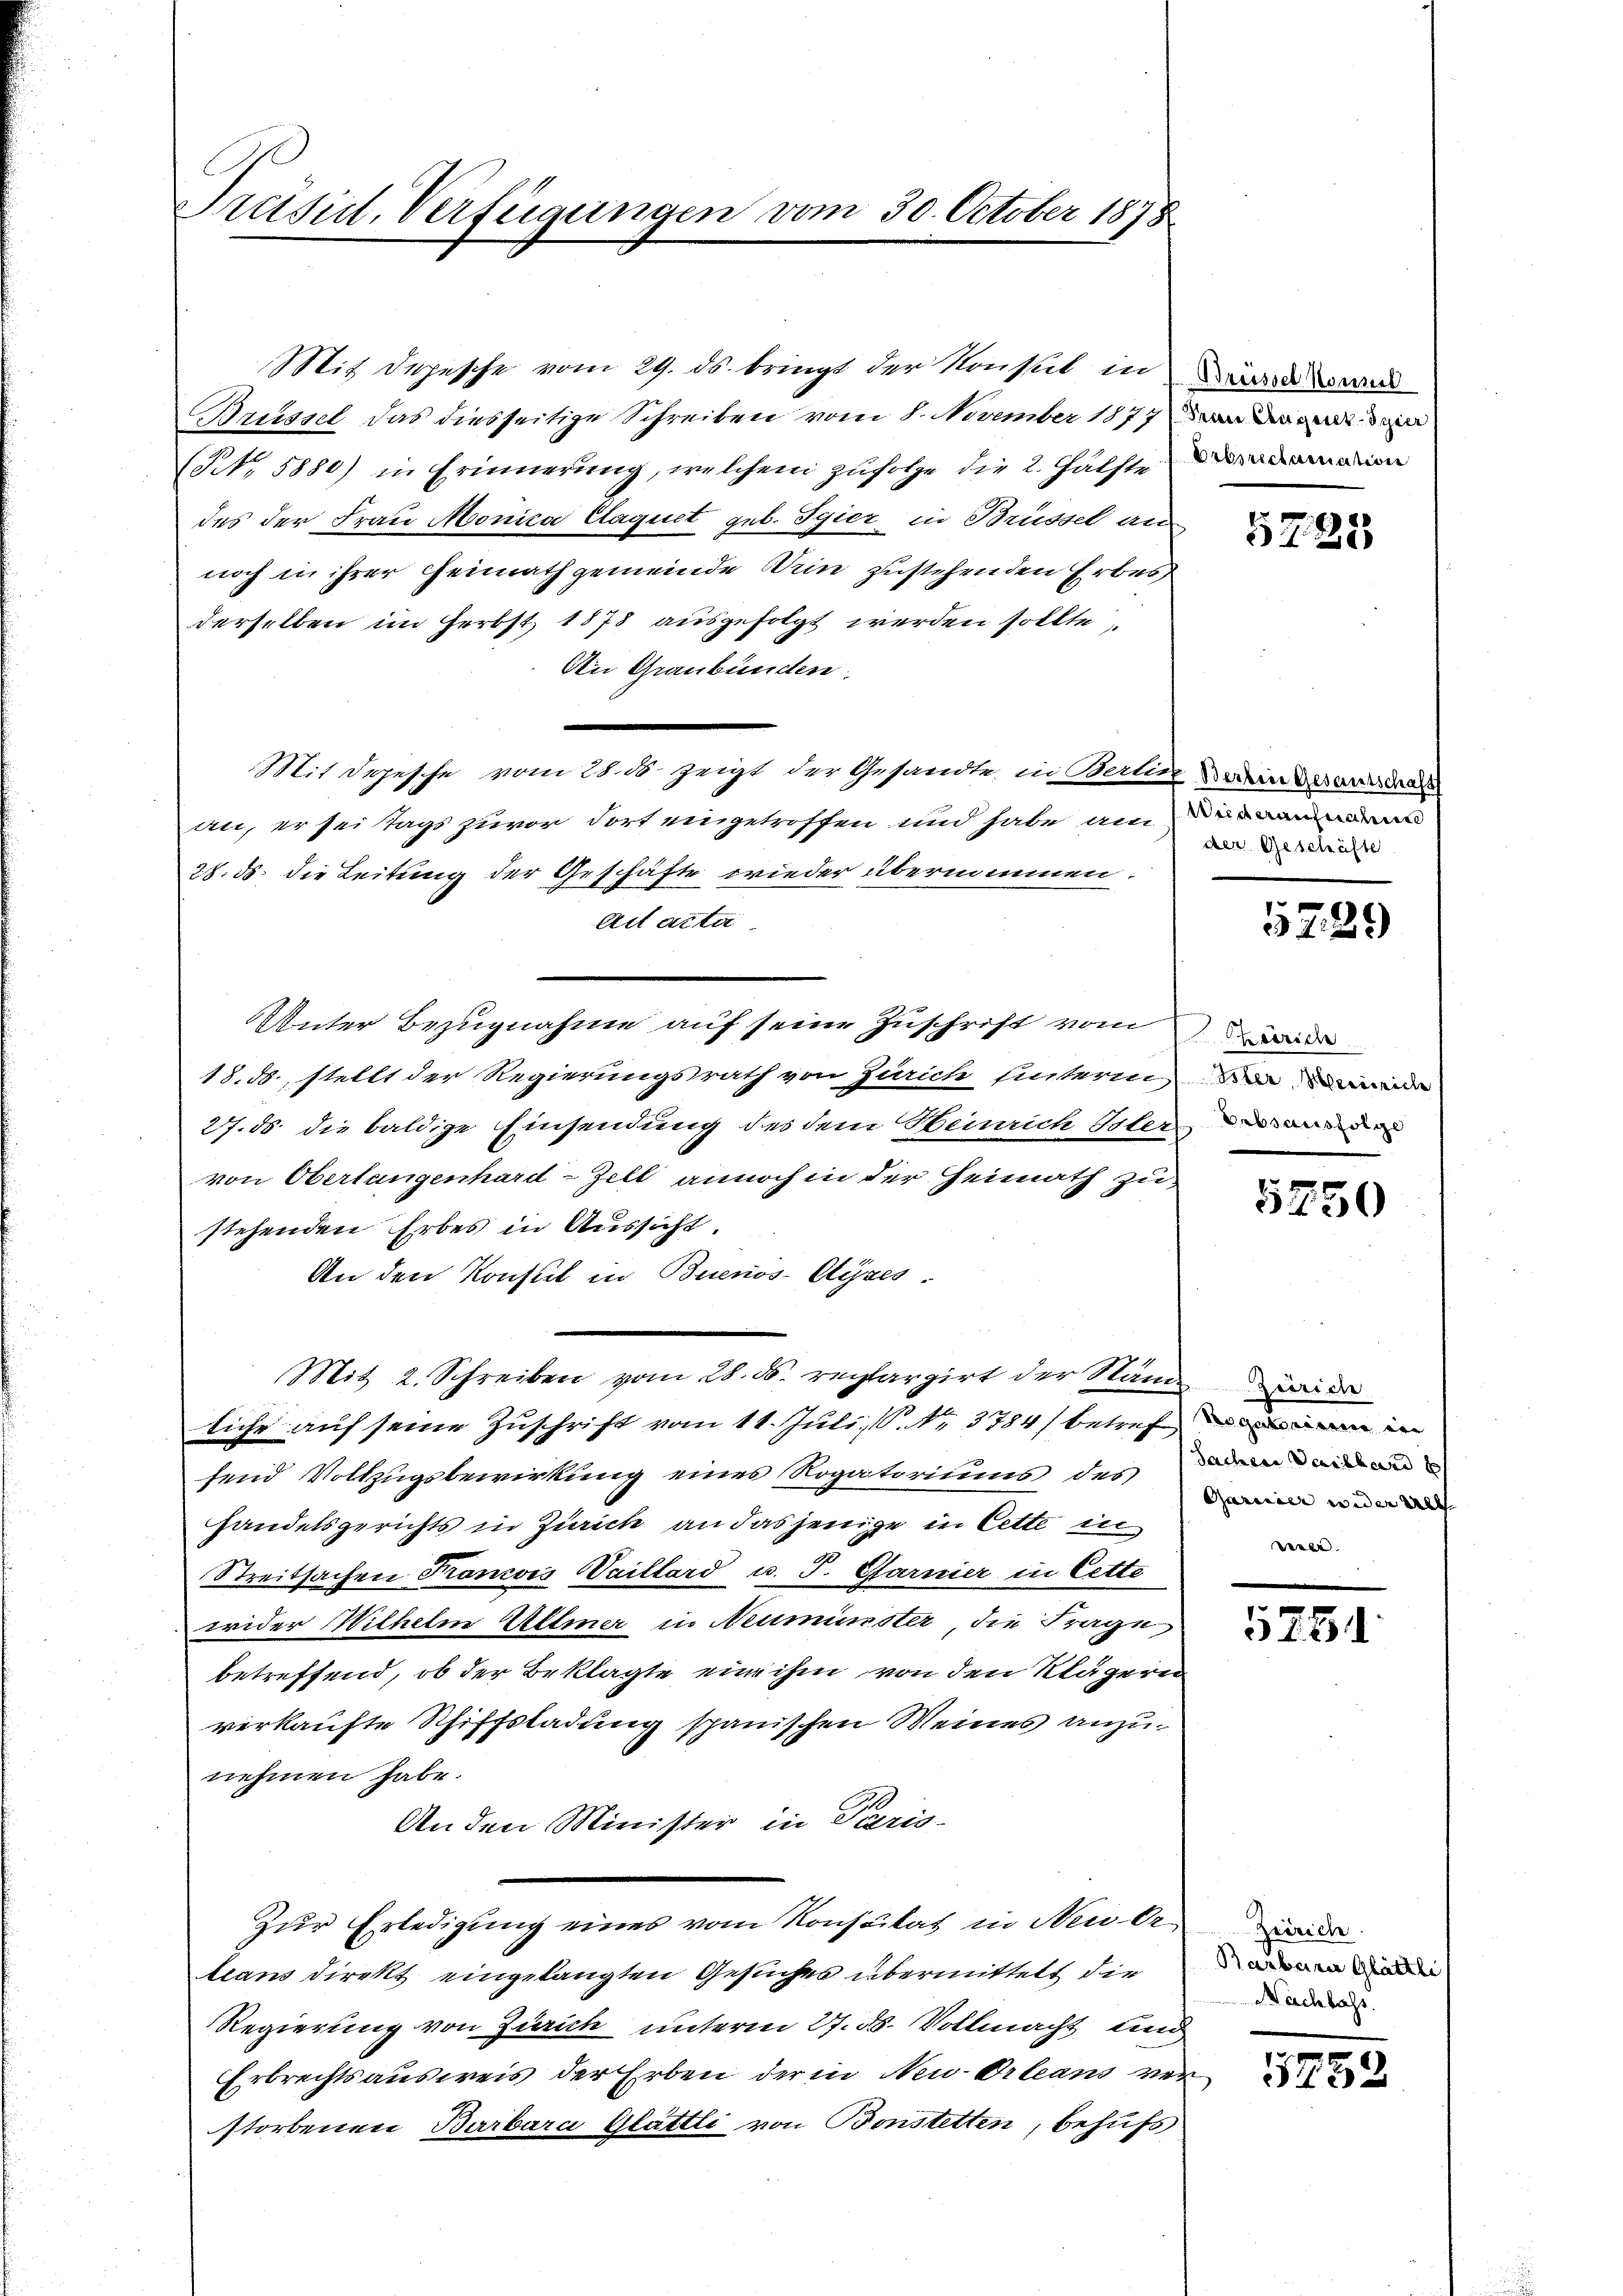
Präsul, Verfügungen

um 30. October 1875

Mit Depesche vom 29. ds. bringt der Konsul in und
Brüssel das diesseitige Schreiben vom 8. November 1877 an de
(No. 5880) in Erinnerung, welchem zufolge die 2. Gutstemation
des der Frau Monica Claquet geb. Spier in Brüssel an
noch in ihrer Heimath gemeinde drin zustehenden Erbes
derselben im Herbst 1878 ausgefolgt werden sollte,
An Graubünden.
Mit Depesche vom 28. ds. zeigt der Gesandte in Berlin wir des war da
an, er seitags zuvor dort eingetroffen und habe am
27. ds. die Leitung der Geschäfte wieder übernommen.
Act acta
Unter Bezugnahme auf seine Zuschrift vom wider
18.5., stellt der Regierungsrath von Zürich untermi
27. ds die baldige Einsendung des dem Heinrich Oster
von Oberlangenhard-Zell annoch in der Heimath zu
stehenden Erbes in Aussicht.
An den Konstet in Buenos-Ayres.
Mit 2. Schreiben vom 28. ds. replargirt der Stände
tihr auf seine Zuschrift vom 11. Juli P. Nr. 3784) betref
fend Vollzugsbewirkung eines Rogatoriums des
handelsgerichts in Zürich an dasjenige in Cette in
Streitsachen Krancois Vaillard u. J. Garnier in Cette
wider Wilhelm Allmer in Neumünster, die Frage
betreffend, ob der Beklagte ein ihm von den Klägern
verkaufte Schiffsladung spanischen Weines anzunehmen habe.
An den Minister in Paris-
Zur Erledigung eines vom Konsulat in Neu Or
tians direkt eingelangten Gesuches übermittelt die
Regierung von Zürich unterm 27. d. Vollmacht und
Erbrechtsausweis der Erben der in Neu-Orleans ver
storbenen Barbara Glättli von Bonstetten, behufs

5725)

der Geschäfte

2

529

Bebsausfolge

513)

Zeirich
Sachen Dachbar
Garicier weder all
seel.

5751

Zürich.
Barbarer Glättli
Nachlass

5732